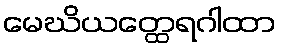
မေဃိယတ္ထေရဂါထာ